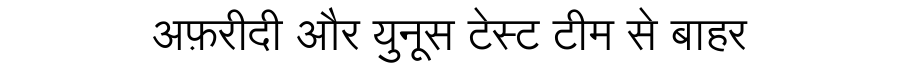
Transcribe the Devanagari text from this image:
अफ़रीदी और युनूस टेस्ट टीम से बाहर